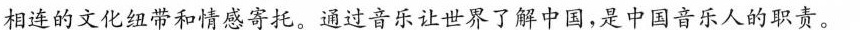
相连的文化纽带和情感寄托。通过音乐让世界了解中国，是中国音乐人的职责。